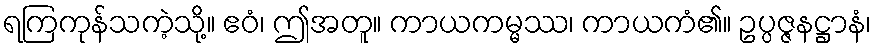
ရကြကုန်သကဲ့သို့။ ဧဝံ၊ ဤအတူ။ ကာယကမ္မဿ၊ ကာယကံ၏။ ဥပ္ပဇ္ဇနဋ္ဌာနံ၊